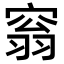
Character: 𡩥